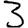
Digit: 3